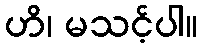
ဟိ၊ မသင့်ပါ။